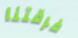
فرقتنا